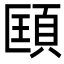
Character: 𩒑